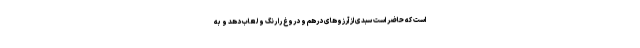
است که حاضر است سبدی از آرزوهای درهم و دروغ را رنگ و لعاب دهد و به